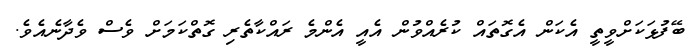
ބޭފުޅަކަށްވީތީ އެކަން އެގޮތައް ކުރެއްވުން އެއީ އެންމެ ރައްކާތެރި ގޮތްކަމަށް ވެސް ވެދާނެއެވެ.